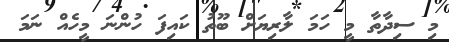
މި ސިދާތާ މީ ހަމަ ލާރިޔަށް ބޫތު ކައިފަ ހުންނަ މީހެއް ނަމަ